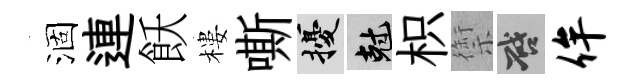
涸連飫樓嘶擾剋枳禦啓侔